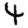
Digit: 4